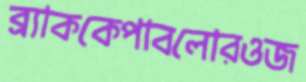
ব্র্যাককেপাবলোরওজ